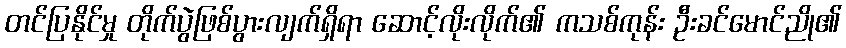
တင်ပြနိုင်မှု တိုက်ပွဲဖြစ်ပွားလျက်ရှိရာ ဆောင့်လိုးလိုက်၏ ကသစ်ကုန်း ဦးခင်မောင်ညို၏